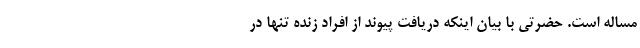
مساله است. حضرتی با بیان اینکه دریافت پیوند از افراد زنده تنها در